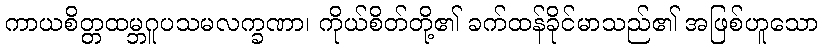
ကာယစိတ္တထမ္ဘဂူပသမလက္ခဏာ၊ ကိုယ်စိတ်တို့၏ ခက်ထန်ခိုင်မာသည်၏ အဖြစ်ဟူသော